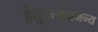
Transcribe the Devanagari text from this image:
हेतुप्रत्ययजन्य